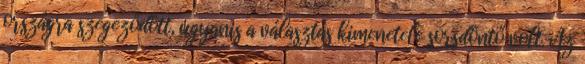
országra szegeződött, ugyanis a választás kimenetele sorsdöntő volt. Az